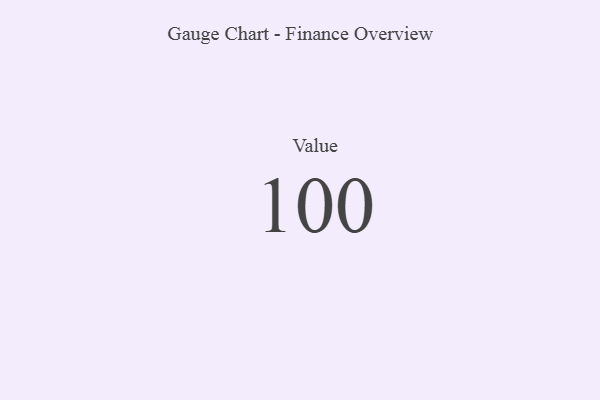
{"axis": {"x": "Metric", "y": "Value"}, "legend": [""], "data": [{"x": "Value", "y": 100, "type": ""}]}